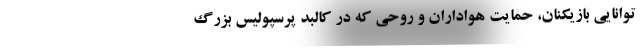
توانایی بازیکنان، حمایت هواداران و روحی که در کالبد پرسپولیس بزرگ